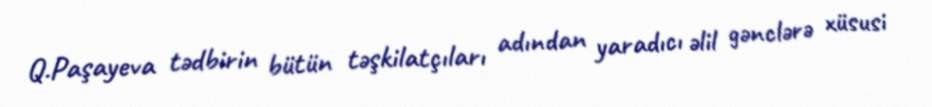
Q.Paşayeva tədbirin bütün təşkilatçıları adından yaradıcı əlil gənclərə xüsusi